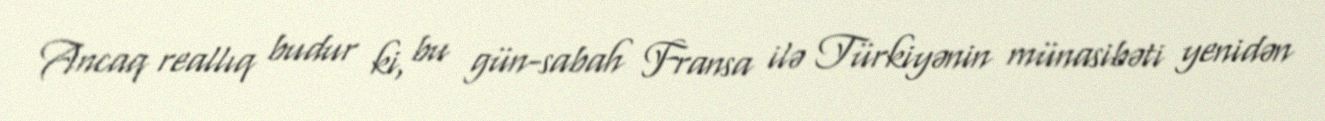
Ancaq reallıq budur ki, bu gün-sabah Fransa ilə Türkiyənin münasibəti yenidən